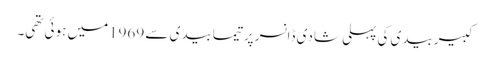
کبیربیدی کی پہلی شادی ڈانسر پرتیمابیدی سے 1969میں ہوئی تھی۔